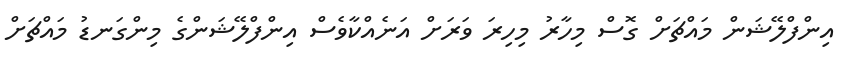
އިންފްލޭޝަން މައްޗަށް ގޮސް މިހާރު މިހިރަ ވަރަށް އަނެއްކާވެސް އިންފްލޭޝަންގެ މިންގަނޑު މައްޗަށް